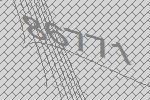
86771